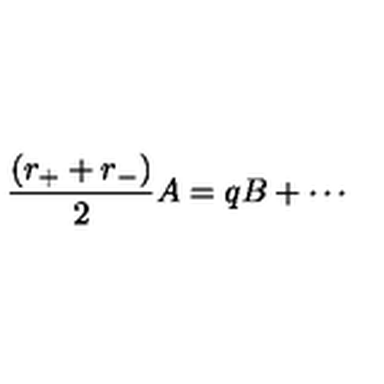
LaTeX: \frac { ( r _ { + } + r _ { - } ) } { 2 } A = q B + \cdots